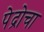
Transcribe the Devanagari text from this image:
पेद्रोचा